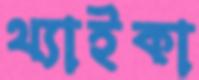
থ্যাইকা